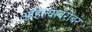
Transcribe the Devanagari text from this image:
अहिल्याबरोबर